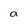
Character: a